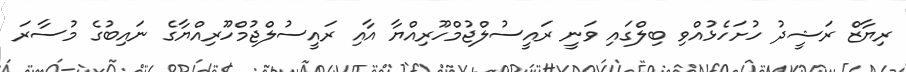
ރިޔާޒް ރަޝީދު ހުށަހެޅުއްވި ބިލްގައި ވަނީ ރައީސުލްޖުމްހޫރިއްޔާ އާއި ރައީސުލްޖުމްހޫރިއްޔާގެ ނައިބުގެ މުސާރަ